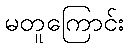
မတူကြောင်း